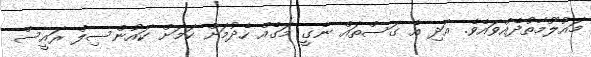
މައުލޫމާތުދެއްވައެވެ. އަދި އެ ގަސްތައް ނެގީ މަގެއް ހެދުމަށް ކަމަށް ކައުންސިލް ރައީސް